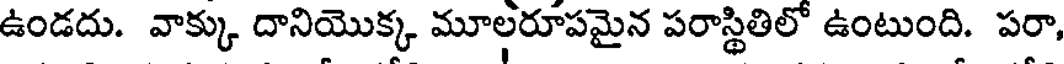
ఉండదు. వాక్కు దానియొక్క మూలరూపమైన పరాస్థితిలో ఉంటుంది. పరా,